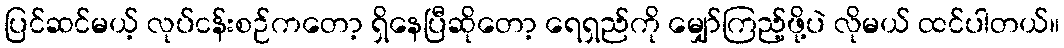
ပြင်ဆင်မယ့် လုပ်ငန်းစဉ်ကတော့ ရှိနေပြီဆိုတော့ ရေရှည်ကို မျှော်ကြည့်ဖို့ပဲ လိုမယ် ထင်ပါတယ်။